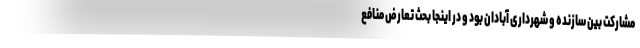
مشارکت بین سازنده و شهرداری آبادان بود و در اینجا بحث تعارض منافع